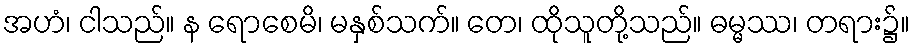
အဟံ၊ ငါသည်။ န ရောစေမိ၊ မနှစ်သက်။ တေ၊ ထိုသူတို့သည်။ ဓမ္မဿ၊ တရား၌။